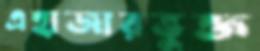
এহাজারভুক্ত